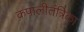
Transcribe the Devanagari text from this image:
कपालीतंत्रिका